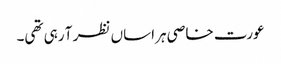
عورت خاصی ہراساں نظر آ رہی تھی۔